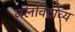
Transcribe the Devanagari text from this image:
जलविद्राव्य